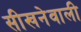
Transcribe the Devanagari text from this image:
सीखनेवाली